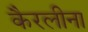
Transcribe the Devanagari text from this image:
कैरलीना